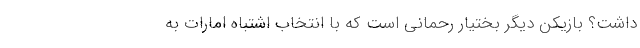
داشت؟ بازیکن دیگر بختیار رحمانی است که با انتخاب اشتباه امارات به